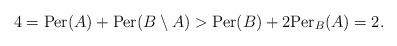
LaTeX: \begin{align*}4={\rm Per}(A)+{\rm Per}(B\setminus A)>{\rm Per}(B)+ 2{\rm Per}_B(A)=2.\end{align*}